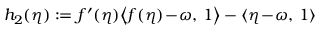
h _ { 2 } ( \eta ) : = f ^ { \prime } ( \eta ) \big \langle f ( \eta ) \! - \! \omega , \, 1 \big \rangle - \langle \eta \! - \! \omega , \, 1 \rangle